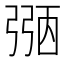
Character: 𢐀